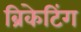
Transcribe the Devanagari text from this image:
ब्रिकेटिंग